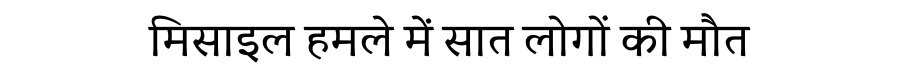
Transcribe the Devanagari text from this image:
मिसाइल हमले में सात लोगों की मौत